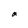
Character: a